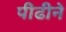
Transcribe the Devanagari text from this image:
पीढीने